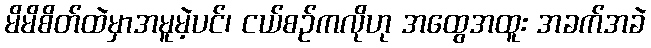
မိမိစိတ်ထဲမှာအမူမဲ့ပင်၊ ငယ်စဉ်ကလိုဟု အထွေအထူး အခက်အခဲ